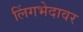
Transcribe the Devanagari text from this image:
लिंगभेदावर